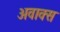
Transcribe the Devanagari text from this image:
अवाक्स